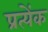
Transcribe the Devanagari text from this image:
प्रत्येंक